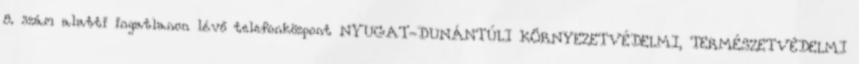
8. szám alatti ingatlanon lévő telefonközpont NYUGAT-DUNÁNTÚLI KÖRNYEZETVÉDELMI, TERMÉSZETVÉDELMI